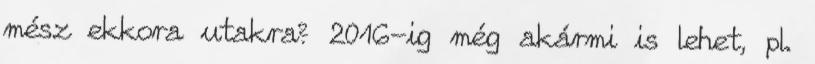
mész ekkora utakra? 2016-ig még akármi is lehet, pl.